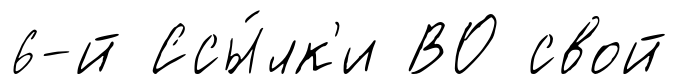
6-й Ссы́лк'и ВО свой